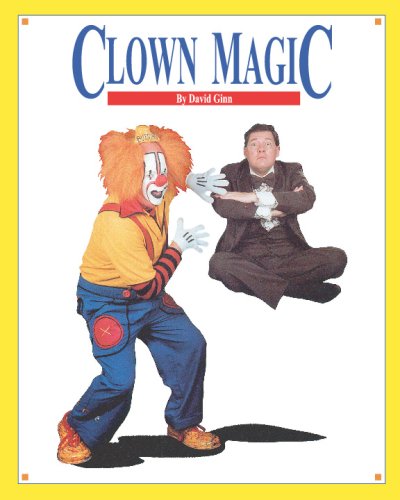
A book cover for Clown Magic; David Ginn; Humor & Entertainment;